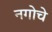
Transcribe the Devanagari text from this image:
नगोचे